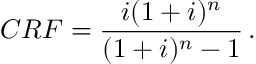
C R F = \frac { i ( 1 + i ) ^ { n } } { ( 1 + i ) ^ { n } - 1 } \, .